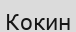
Кокин